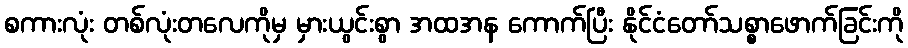
စကားလုံး တစ်လုံးတလေကိုမှ မှားယွင်းစွာ အထအန ကောက်ပြီး နိုင်ငံတော်သစ္စာဖောက်ခြင်းကို